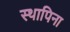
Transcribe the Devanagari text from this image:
स्थापिना